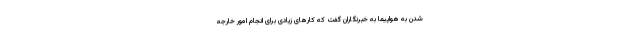
شدن به هواپیما به خبرنگاران گفت که کارهای زیادی برای انجام امور خارجه